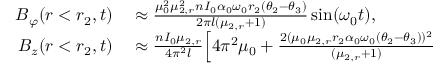
\begin{array} { r l } { B _ { \varphi } ( r < r _ { 2 } , t ) } & { { } \approx \frac { \mu _ { 0 } ^ { 2 } \mu _ { 2 , r } ^ { 2 } n I _ { 0 } \alpha _ { 0 } \omega _ { 0 } r _ { 2 } ( \theta _ { 2 } - \theta _ { 3 } ) } { 2 \pi l ( \mu _ { 2 , r } + 1 ) } \sin ( \omega _ { 0 } t ) , } \\ { B _ { z } ( r < r _ { 2 } , t ) } & { { } \approx \frac { n I _ { 0 } \mu _ { 2 , r } } { 4 \pi ^ { 2 } l } \Big [ 4 \pi ^ { 2 } \mu _ { 0 } + \frac { 2 ( \mu _ { 0 } \mu _ { 2 , r } r _ { 2 } \alpha _ { 0 } \omega _ { 0 } ( \theta _ { 2 } - \theta _ { 3 } ) ) ^ { 2 } } { ( \mu _ { 2 , r } + 1 ) } } \end{array}